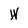
Character: W